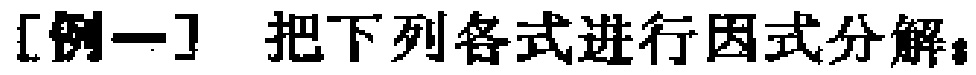
[例一] 把下列各式进行因式分解：